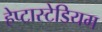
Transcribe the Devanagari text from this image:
हेप्टास्टेडियम